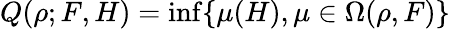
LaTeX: Q(\rho;F,H)=\operatorname*{inf}\{ \mu(H),\mu\in\Omega(\rho,F)\}